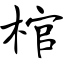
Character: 棺